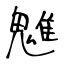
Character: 魋